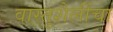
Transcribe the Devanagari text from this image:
वास्तुशैलींचा